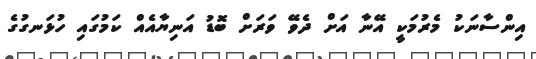
އިންސާނަކު މެރުމަކީ އޭނާ އަށް ދެވޭ ވަރަށް ބޮޑު އަނިޔާއެއް ކަމުގައި ހުޅަނގުގެ